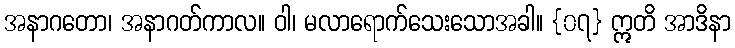
အနာဂတော၊ အနာဂတ်ကာလ။ ဝါ၊ မလာရောက်သေးသောအခါ။ {၀၇} ဣတိ အာဒိနာ